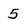
Character: 5